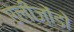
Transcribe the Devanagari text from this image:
एलीज़ोंडो